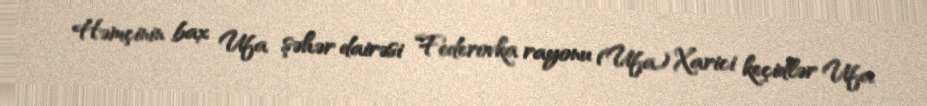
Həmçinin bax Ufa şəhər dairəsi Federovka rayonu (Ufa) Xarici keçidlər Ufa